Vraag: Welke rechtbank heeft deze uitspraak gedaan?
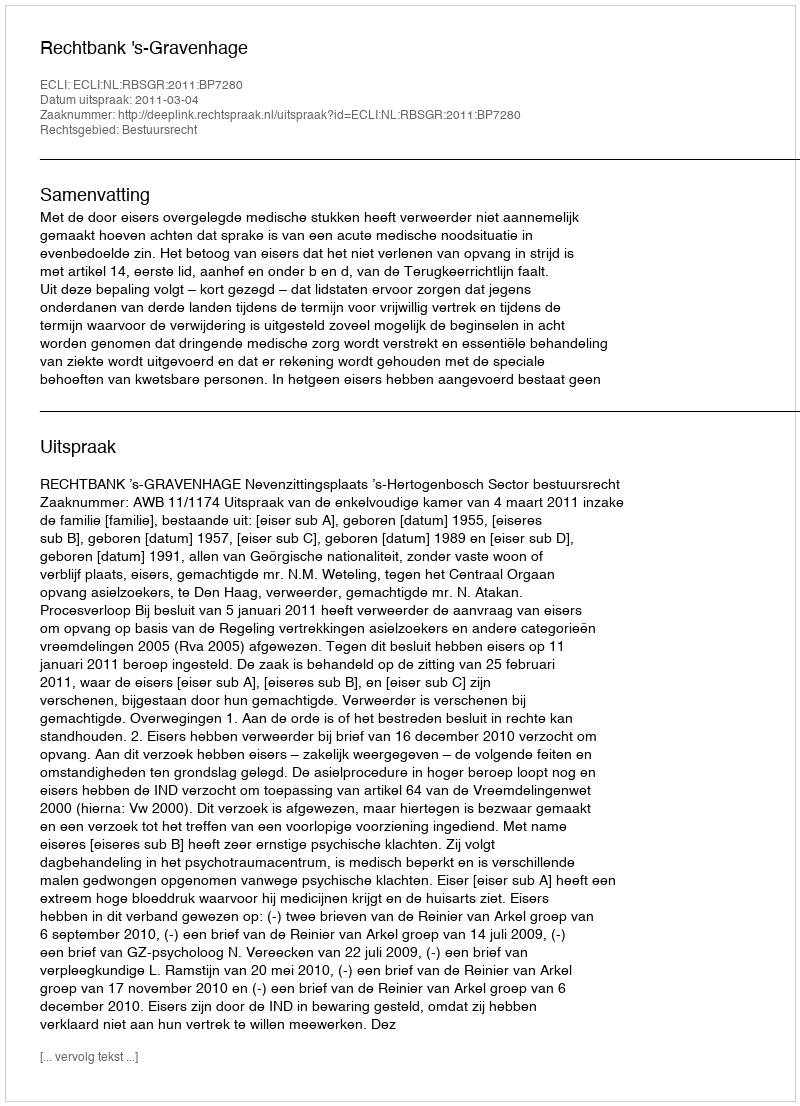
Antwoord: Rechtbank 's-Gravenhage